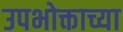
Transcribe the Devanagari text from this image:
उपभोक्ताच्या